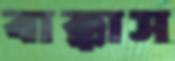
বাক্কাস